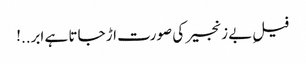
فیلِ بے زنجیر کی صورت اڑ جاتا ہے ابر..!